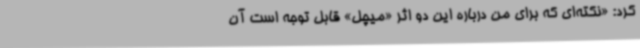
کرد: «نکته‌ای که برای من درباره این دو اثر «میچل» قابل توجه است آن